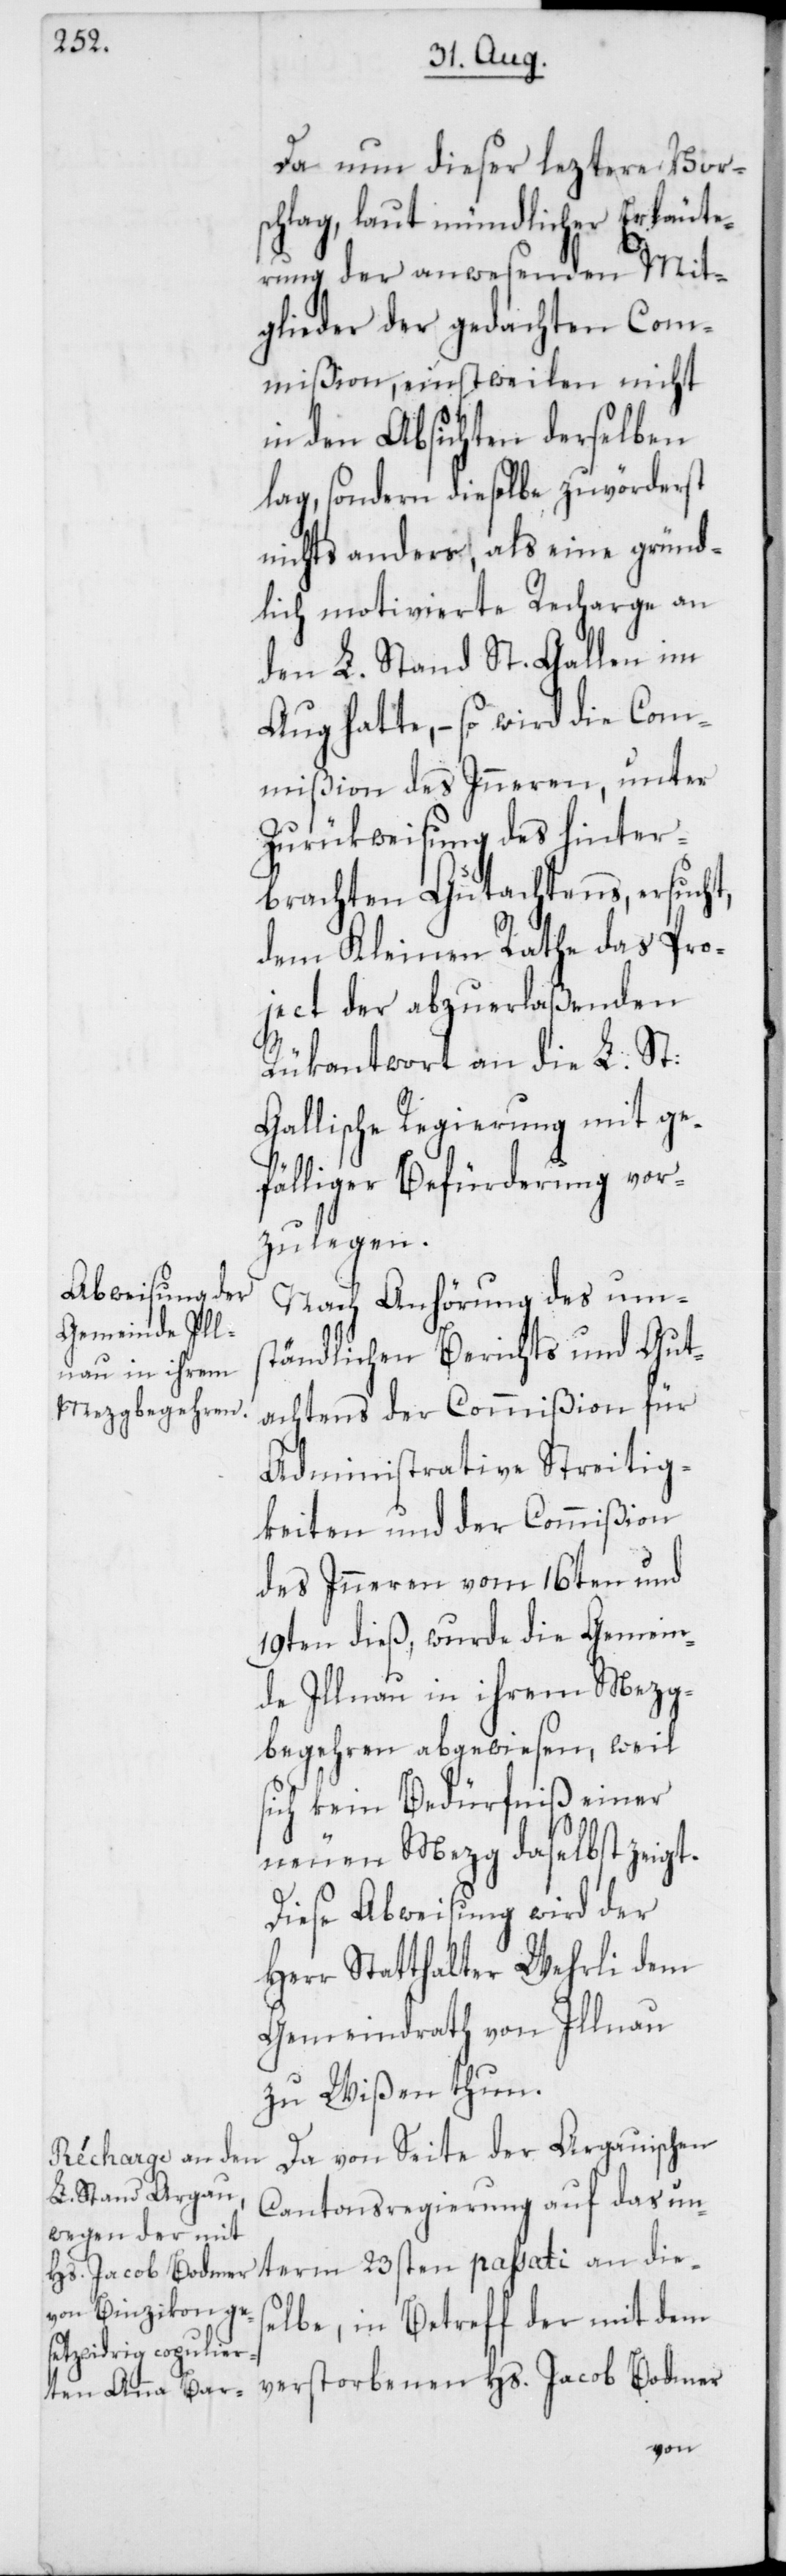
Da nun dieser leztere Vor¬
schlag, laut mündlicher Erläute¬
rung der anwesenden Mit¬
glieder der gedachten Com¬
mißion, einstweilen nicht
in den Absichten derselben
lag, sondern dieselbe zuvörderst
nichts anders, als eine gründ¬
lich motivierte Recharge an
den L. Stand St. Gallen im
Aug hatte, – so wird die Com¬
mißion des Inneren, unter
Zurükweisung des hinter¬
brachten Gutachtens, ersucht,
dem Kleinen Rathe das Pro¬
ject der abzuerlaßenden
Rükantwort an die L. St.
Gallische Regierung mit ge¬
fälliger Befürderung vor¬
zulegen.
Nach Anhörung des um¬
ständlichen Berichts und Gut¬
achtens der Commißion für
Administrative Streitig¬
keiten und der Commißion
des Inneren vom 16ten und
19ten dieß, wurde die Gemein¬
de Illnau in ihrem Mezg¬
begehren abgewiesen, weil
sich kein Bedürfniß einer
neuen Mezg daselbst zeigt.
Diese Abweisung wird der
Herr Statthalter Wehrli dem
Gemeindrath von Illnau
zu Wißen thun.
Da von Seite der Argauischen
passati an dies¬
Cantonsregierung auf das unterm
elbe, in Betreff der mit dem
verstorbenen Hs. Jacob Bodmer